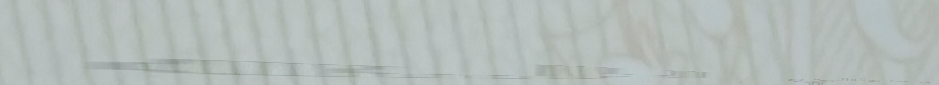
مقهى الساحة مكان مثالي لل